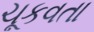
ચૂકવતા